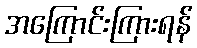
အကြောင်းကြားရန်